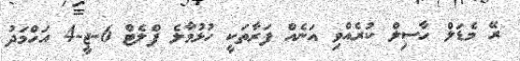
ރޭ މެޑަލް ހާސިލް ކުރެއްވި އަނެއް ފަރާތަކީ ހުޅުމާލެ ފްލެޓް 6-ޖީ-4 އަހްމަދު